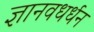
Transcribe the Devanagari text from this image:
ज्ञानवधर्धन